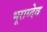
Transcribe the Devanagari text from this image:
भूराय्देव